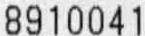
8910041